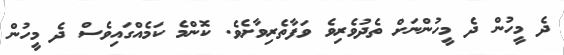
ދެ މީހުން ދެ މީހުންނަށް ތެދުވެރިވެ ވަފާތެރިވާށެވެ. ކޮންމެ ކަމެއްގައިވެސް ދެ މީހުން